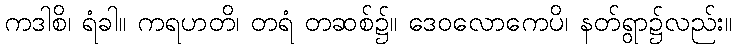
ကဒါစိ၊ ရံခါ။ ကရဟတိ၊ တရံ တဆစ်၌။ ဒေဝလောကေပိ၊ နတ်ရွာ၌လည်း။